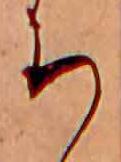
ち